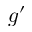
g ^ { \prime }